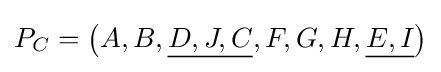
P_{C}=\left(A,B,{\underline {D,J,C}},F,G,H,{\underline {E,I}}\right)